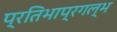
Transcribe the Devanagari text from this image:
प्रतिभाप्रगल्भ